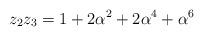
LaTeX: \begin{align*} z_2 z_3 = 1 + 2 \alpha^2 + 2 \alpha^4 + \alpha^6 \end{align*}